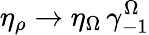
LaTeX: \eta_{\rho}\rightarrow\eta_{\Omega}\, \gamma_{-1}^{\Omega}